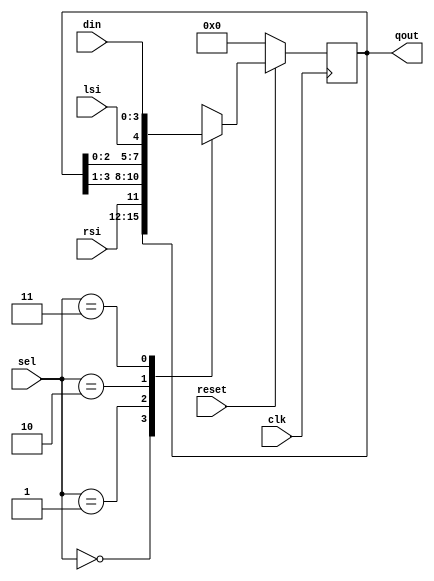
`timescale 1ns / 1ps

module univer_reg(
    input clk,reset,lsi,rsi,
    input [1:0]sel,
    input [3:0]din,
    output reg [3:0]qout
    );
 initial begin
 qout=4'b0000;
 end   
always @(posedge clk)begin 
if(!reset)
 qout<=4'b0000;                                                              
else begin
 case(sel)                                                                                                                                                                                                                                                                                                                                                                                                                                                                                                                                                                                                                                                                                                                                                                                                                                                                                                                                                                                                                                                                                                                                                                                                                                                                                                                                             
  2'b00:
   qout<=qout;
  2'b01:
   qout<={rsi,qout[3:1]};
  2'b10:
   qout<={qout[2:0],lsi};
  2'b11:
   qout<=din;
 endcase
end
end    
endmodule